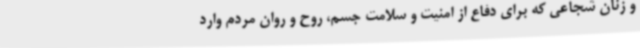
و زنان شجاعی که برای دفاع از امنیت و سلامت جسم، روح و روان مردم وارد